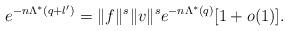
LaTeX: \begin{align*}e^{- n\Lambda^{*}(q+l')} = \|f\|^s \|v\|^s e^{- n\Lambda^{*}(q)} [1 + o(1)]. \end{align*}